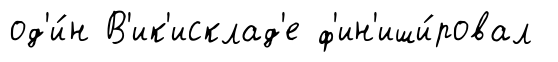
од'и́н В'ик'исклад'е ф'ин'иши́ровал